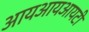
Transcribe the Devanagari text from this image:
आयआयआयटी